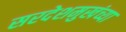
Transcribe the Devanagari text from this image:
सरदेशमुखंच्या